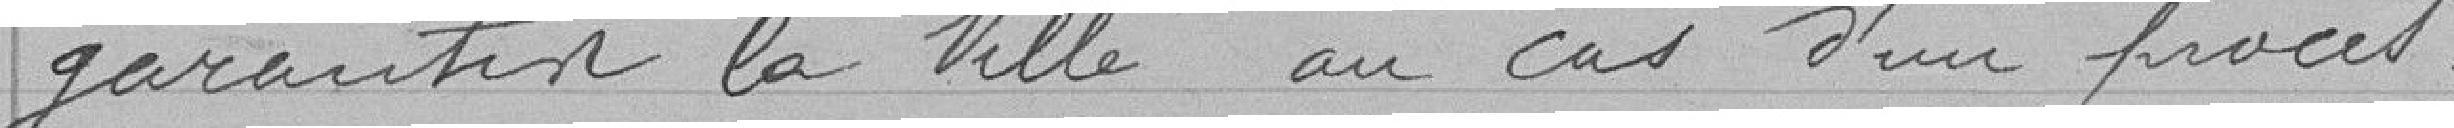
garantir la Ville au cas d'un procès.